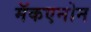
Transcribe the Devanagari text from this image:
मॅकएनोन